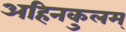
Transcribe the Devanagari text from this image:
अहिनकुलम्